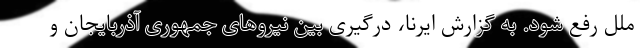
ملل رفع شود. به گزارش ایرنا، درگیری بین نیروهای جمهوری آذربایجان و